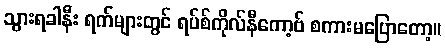
သွားရခါနီး ရက်များတွင် ရပ်စ်ကိုလ်နီကော့ဗ် စကားမပြောတော့။